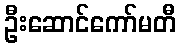
ဦးဆောင်ကော်မတီ